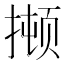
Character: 𫽫